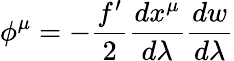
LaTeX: \phi^{\mu}=-\frac{f^{\prime}}{2}\frac{dx^{\mu}}{d\lambda}\frac{dw}{d\lambda}